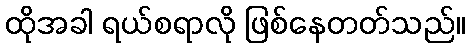
ထိုအခါ ရယ်စရာလို ဖြစ်နေတတ်သည်။